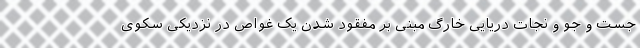
جست و جو و نجات دریایی خارگ مبنی بر مفقود شدن یک غواص در نزدیکی سکوی